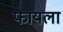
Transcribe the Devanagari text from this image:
फायला